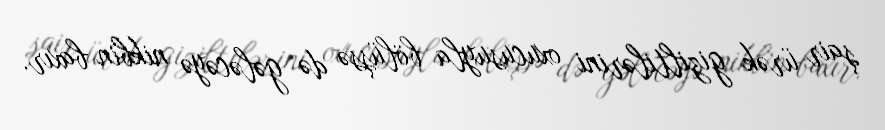
şair ürək giziltilərini oxucusuyla bölüşsə də gələcəyə nikbin baxır.